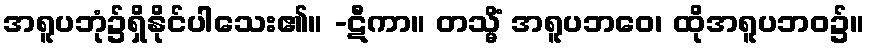
အရူပဘုံ၌ရှိနိုင်ပါသေး၏။ -ဋီကာ။ တသ္မိံ အရူပဘဝေ၊ ထိုအရူပဘဝ၌။